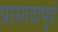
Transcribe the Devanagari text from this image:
प्रासादापुढं